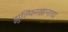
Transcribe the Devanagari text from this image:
झुल्फिरखानाचा